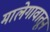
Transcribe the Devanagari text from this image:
मालेगावातून